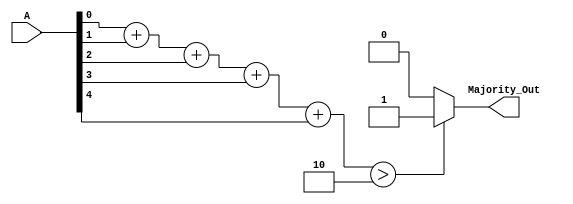
module MajorityVotingDetector (
    input [4:0] A,           // 5 input signals (A[0] to A[4])
    output reg Majority_Out  // Majority output
);

// Internal signal to count the number of 1s
wire [2:0] count_ones;

// Count the number of 1s in the input
assign count_ones = A[0] + A[1] + A[2] + A[3] + A[4];

// Determine Majority Output
always @(*) begin
    if (count_ones > 2)          // For N=5, majority is > 2
        Majority_Out = 1'b1;     // Majority is 1
    else
        Majority_Out = 1'b0;     // Majority is 0
end

endmodule